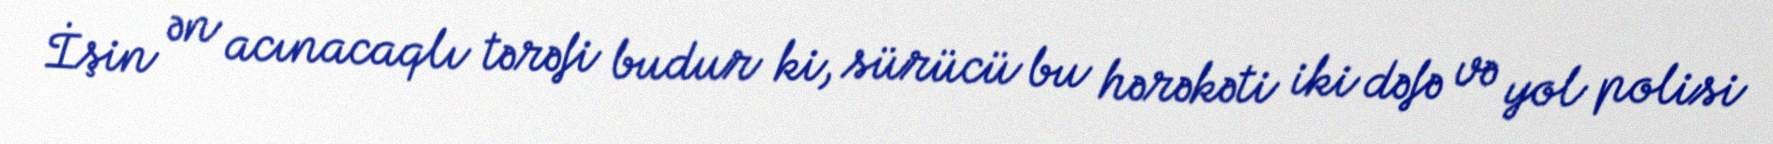
İşin ən acınacaqlı tərəfi budur ki, sürücü bu hərəkəti iki dəfə və yol polisi